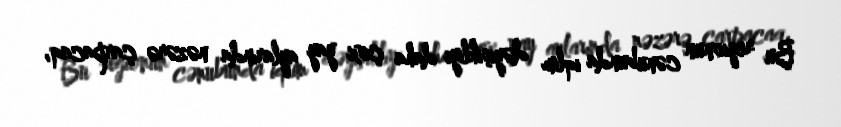
Bu regionun cənubunda iqlim dəyişikliyi daha çox yay aylarında nəzərə çarpacaq,